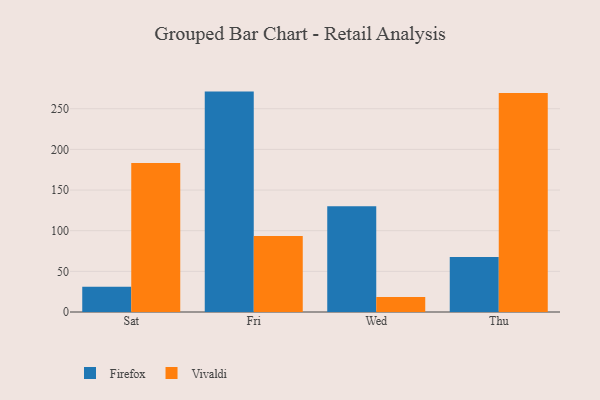
{"axis": {"x": "Day", "y": "Waste Production (Tons)"}, "legend": ["Firefox", "Vivaldi"], "data": [{"x": "Sat", "y": 31.1, "type": "Firefox"}, {"x": "Sat", "y": 183.3, "type": "Vivaldi"}, {"x": "Fri", "y": 271.1, "type": "Firefox"}, {"x": "Fri", "y": 93.6, "type": "Vivaldi"}, {"x": "Wed", "y": 130.2, "type": "Firefox"}, {"x": "Wed", "y": 18.3, "type": "Vivaldi"}, {"x": "Thu", "y": 67.5, "type": "Firefox"}, {"x": "Thu", "y": 269.4, "type": "Vivaldi"}]}